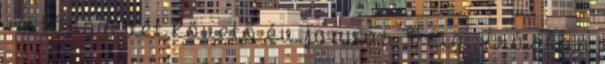
– a tárgyévet követő év január 31-éig – írásban